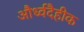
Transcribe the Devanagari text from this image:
और्ध्वदैहीक